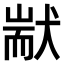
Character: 𤟮